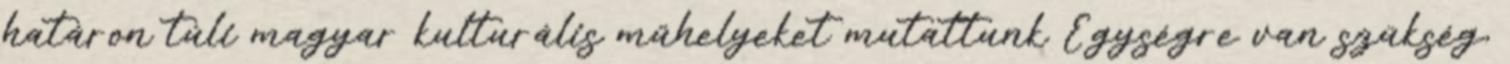
határon túli magyar kulturális műhelyeket mutattunk Egységre van szükség,